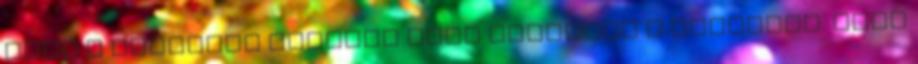
hogy a harmadik előadás után lekerült a műsorról. Több